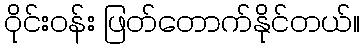
ဝိုင်း၀န်း ဖြတ်တောက်နိုင်တယ်။